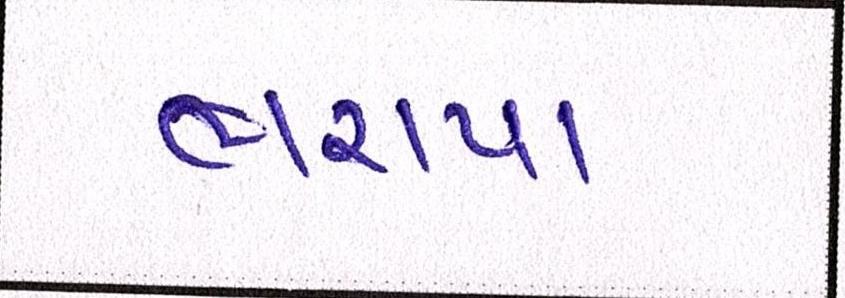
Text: ભરાયા